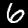
Label: 6